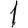
Digit: 1